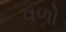
વળો